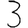
Digit: 3